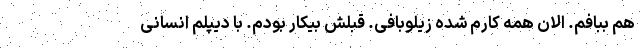
هم ببافم. الان همه کارم شده زیلوبافی. قبلش بیکار بودم. با دیپلم انسانی